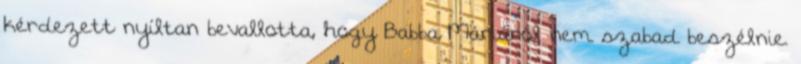
kérdezett nyíltan bevallotta, hogy Babba Máriáról nem szabad beszélnie.